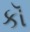
કૉ